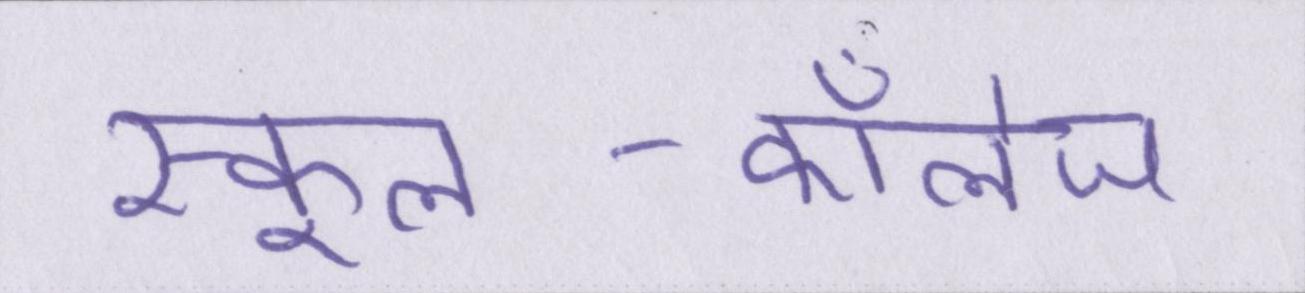
स्कूल-कॉलेज